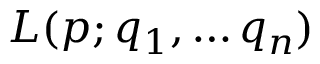
L ( p ; q _ { 1 } , \ldots q _ { n } )